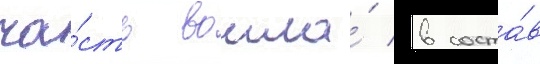
ча́сть вошла́ в соста́в